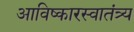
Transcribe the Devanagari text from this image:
आविष्कारस्वातंत्र्य